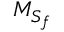
{ M } _ { { S } _ { f } }